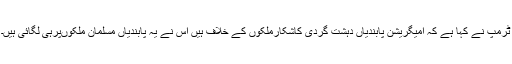
ٹرمپ نے کہا ہے کہ امیگریشن پابندیاں دہشت گردی کاشکارملکوں کے خلاف ہیں اس نے یہ پابندیاں مسلمان ملکوںپرہی لگائی ہیں۔